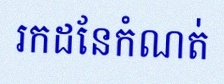
រកដែនកំណត់